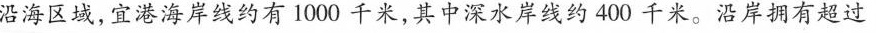
沿海区域，宜港海岸线约有1000千米，其中深水岸线约400千米。沿岸拥有超过